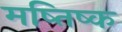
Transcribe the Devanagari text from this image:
मष्‍तिष्‍क